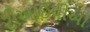
ટીઆઈવીઓ